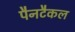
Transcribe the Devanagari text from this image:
पैनटैकल